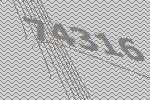
74316